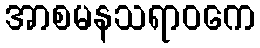
အာစမနသရာဝကေ